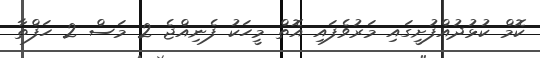
ކޮމް ކުޅުދުއްފުށީގައި މަރުވެފައި އޮތް މީހަކު ފެނިއްޖެ 2 މަސް 2 ހަފްތާ